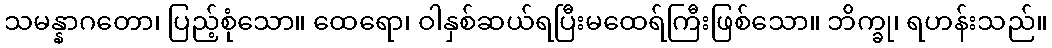
သမန္နာဂတော၊ ပြည့်စုံသော။ ထေရော၊ ဝါနှစ်ဆယ်ရပြီးမထေရ်ကြီးဖြစ်သော။ ဘိက္ခု၊ ရဟန်းသည်။